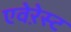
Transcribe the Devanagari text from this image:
एवेऱेस्ट